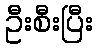
ဦးစီးပြီး